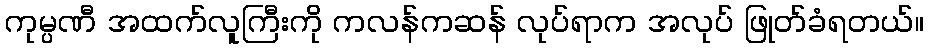
ကုမ္ပဏီ အထက်လူကြီးကို ကလန်ကဆန် လုပ်ရာက အလုပ် ဖြုတ်ခံရတယ်။